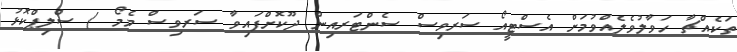
ތަކެއްޗާ ހަވާލުވެލެއްވުމަށް އެސްޓީއޯ ސަރވިސް ސެންޓަރއިން ދޫކޮށްފައިވާ ސަރވިސް މެމޯ / ސްލިޕްކޮޅު